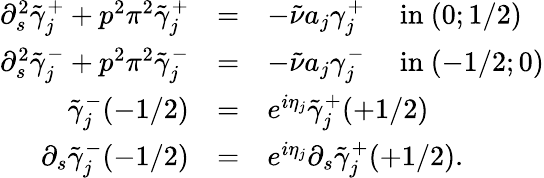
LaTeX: \begin{array}{rcl}{\partial_{s}^{2}\tilde{\gamma}_{j}^{+}+p^{2}\pi^{2}\tilde{\gamma}_{j}^{+}}&{=}&{-\tilde{\nu}a_{j}\gamma_{j}^{+}\quad\mathrm{~in~}(0;1/2)}\\ {\partial_{s}^{2}\tilde{\gamma}_{j}^{-}+p^{2}\pi^{2}\tilde{\gamma}_{j}^{-}}&{=}&{-\tilde{\nu}a_{j}\gamma_{j}^{-}\quad\mathrm{~in~}(-1/2;0)}\\ {\tilde{\gamma}_{j}^{-}(-1/2)}&{=}&{e^{i\eta_{j}}\tilde{\gamma}_{j}^{+}(+1/2)}\\ {\partial_{s}\tilde{\gamma}_{j}^{-}(-1/2)}&{=}&{e^{i\eta_{j}}\partial_{s}\tilde{\gamma}_{j}^{+}(+1/2).}\end{array}